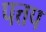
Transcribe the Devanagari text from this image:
पत्तप